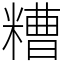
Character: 糟